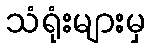
သံရုံးများမှ